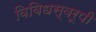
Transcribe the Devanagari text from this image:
विविधस्वरूपी